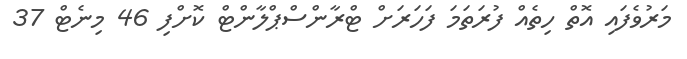
މަރުވެފައި އޮތް ހިތެއް ފުރަތަމަ ފަހަރަށް ޓްރާންސްޕްލާންޓް ކޮށްފި 46 މިނެޓް 37